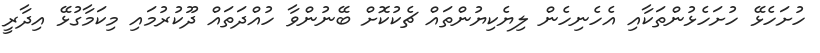
ހުށަހެޅޭ ހުށަހެޅުންތަކާއި އެހެނިހެން ލިޔެކިޔުންތައް ޗެކުކޮށް ބޭނުންވާ ހުއްދަތައް ދޫކުރުމައި މިކަމާގުޅޭ އިދާރީ